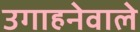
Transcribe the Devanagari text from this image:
उगाहनेवाले